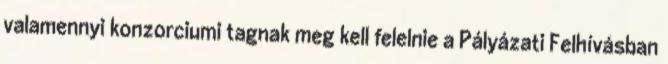
valamennyi konzorciumi tagnak meg kell felelnie a Pályázati Felhívásban